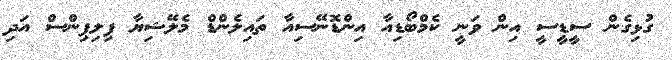
ގުޅިގެން ސީޑީސީ އިން ވަނީ ކެމްބޯޑިއާ އިންޑޮނޭސިއާ ތައިލެންޑް މެލޭޝިޔާ ފިލިޕިންސް އަދި